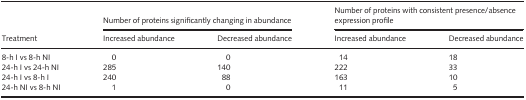
<table><thead><tr><td rowspan="2"><b>Treatment</b></td><td colspan="2"><b>Number of proteins significantly changing in abundance</b></td><td colspan="2"><b>Number of proteins with consistent presence/absence expression profile</b></td></tr><tr><td><b>Increased abundance</b></td><td><b>Decreased abundance</b></td><td><b>Increased abundance</b></td><td><b>Decreased abundance</b></td></tr></thead><tbody><tr><td>8‐h I vs 8‐h NI</td><td>0</td><td>0</td><td>14</td><td>18</td></tr><tr><td>24‐h I vs 24‐h NI</td><td>285</td><td>140</td><td>222</td><td>33</td></tr><tr><td>24‐h I vs 8‐h I</td><td>240</td><td>88</td><td>163</td><td>10</td></tr><tr><td>24‐h NI vs 8‐h NI</td><td>1</td><td>0</td><td>11</td><td>5</td></tr></tbody></table>